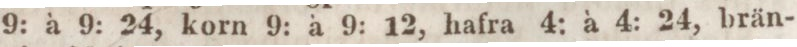
9: à 9: 24, korn 9: à 9: 12, hafra 4: à 4: 24, brän-